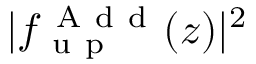
| f _ { \mathrm { ~ u ~ p ~ } } ^ { \mathrm { ~ A ~ d ~ d ~ } } ( z ) | ^ { 2 }